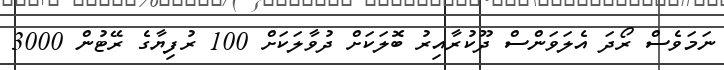
ނަމަވެސް ރޯދަ އެލަވަންސް ދޫކުރާއިރު ބޮލަކަށް ދުވާލަކަށް 100 ރުފިޔާގެ ރޭޓުން 3000